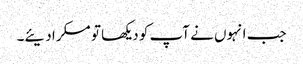
جب انہوں نے آپ کو دیکھا تو مسکرا دیئے۔